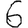
Digit: 6